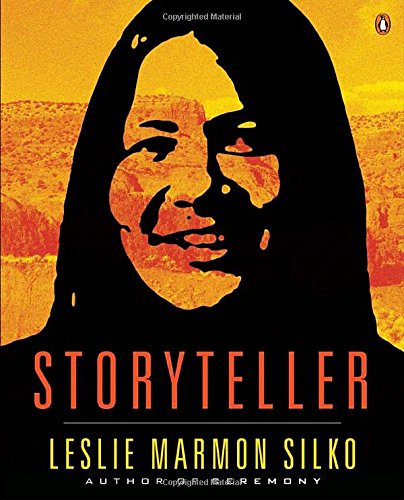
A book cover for Storyteller; Leslie Marmon Silko; Literature & Fiction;